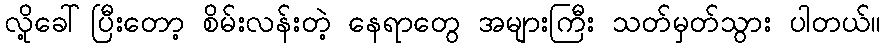
လို့ခေါ်ပြီးတော့ စိမ်းလန်းတဲ့ နေရာတွေ အများကြီး သတ်မှတ်သွား ပါတယ်။